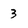
Character: 3